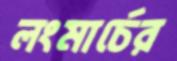
লংমার্চের